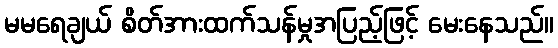
မမရေချယ် စိတ်အားထက်သန်မှုအပြည့်ဖြင့် မေးနေသည်။